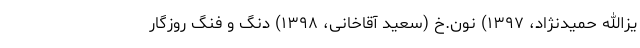
یزالله حمیدنژاد، ۱۳۹٧) نون.خ (سعید آقاخانی، ۱۳۹٨) دنگ و فنگ روزگار